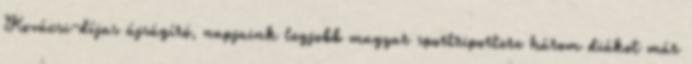
Kovácsi-díjas újságíró, napjaink legjobb magyar sportriportere három diákot már